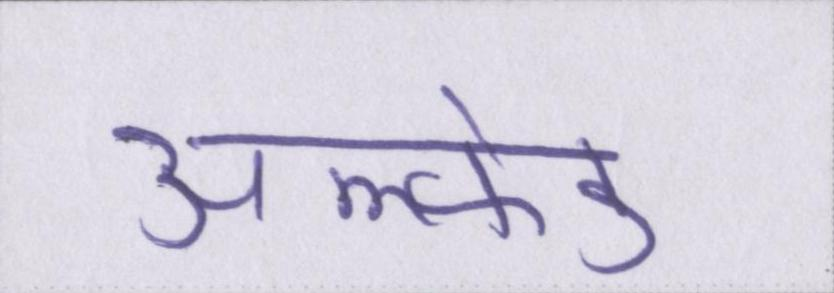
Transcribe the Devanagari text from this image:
अल्फ्रेड